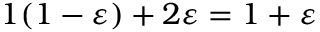
1 ( 1 - \varepsilon ) + 2 \varepsilon = 1 + \varepsilon